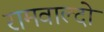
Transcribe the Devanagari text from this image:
रामवाल्दो